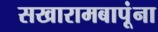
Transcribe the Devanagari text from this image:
सखारामबापूंना